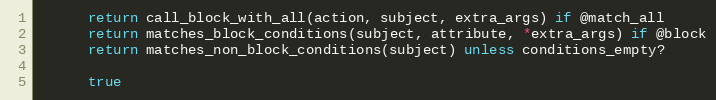
Language: Ruby
      return call_block_with_all(action, subject, extra_args) if @match_all
      return matches_block_conditions(subject, attribute, *extra_args) if @block
      return matches_non_block_conditions(subject) unless conditions_empty?

      true